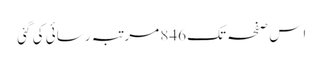
اِس صفحہ تک 846 مرتبہ رسائی کی گئی